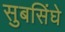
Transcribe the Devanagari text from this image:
सुबसिंघे